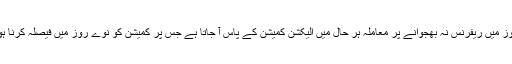
تیس روز میں ریفرنس نہ بھجوانے پر معاملہ ہر حال میں الیکشن کمیشن کے پاس آ جاتا ہے جس پر کمیشن کو نوے روز میں فیصلہ کرنا ہوتا ہے۔